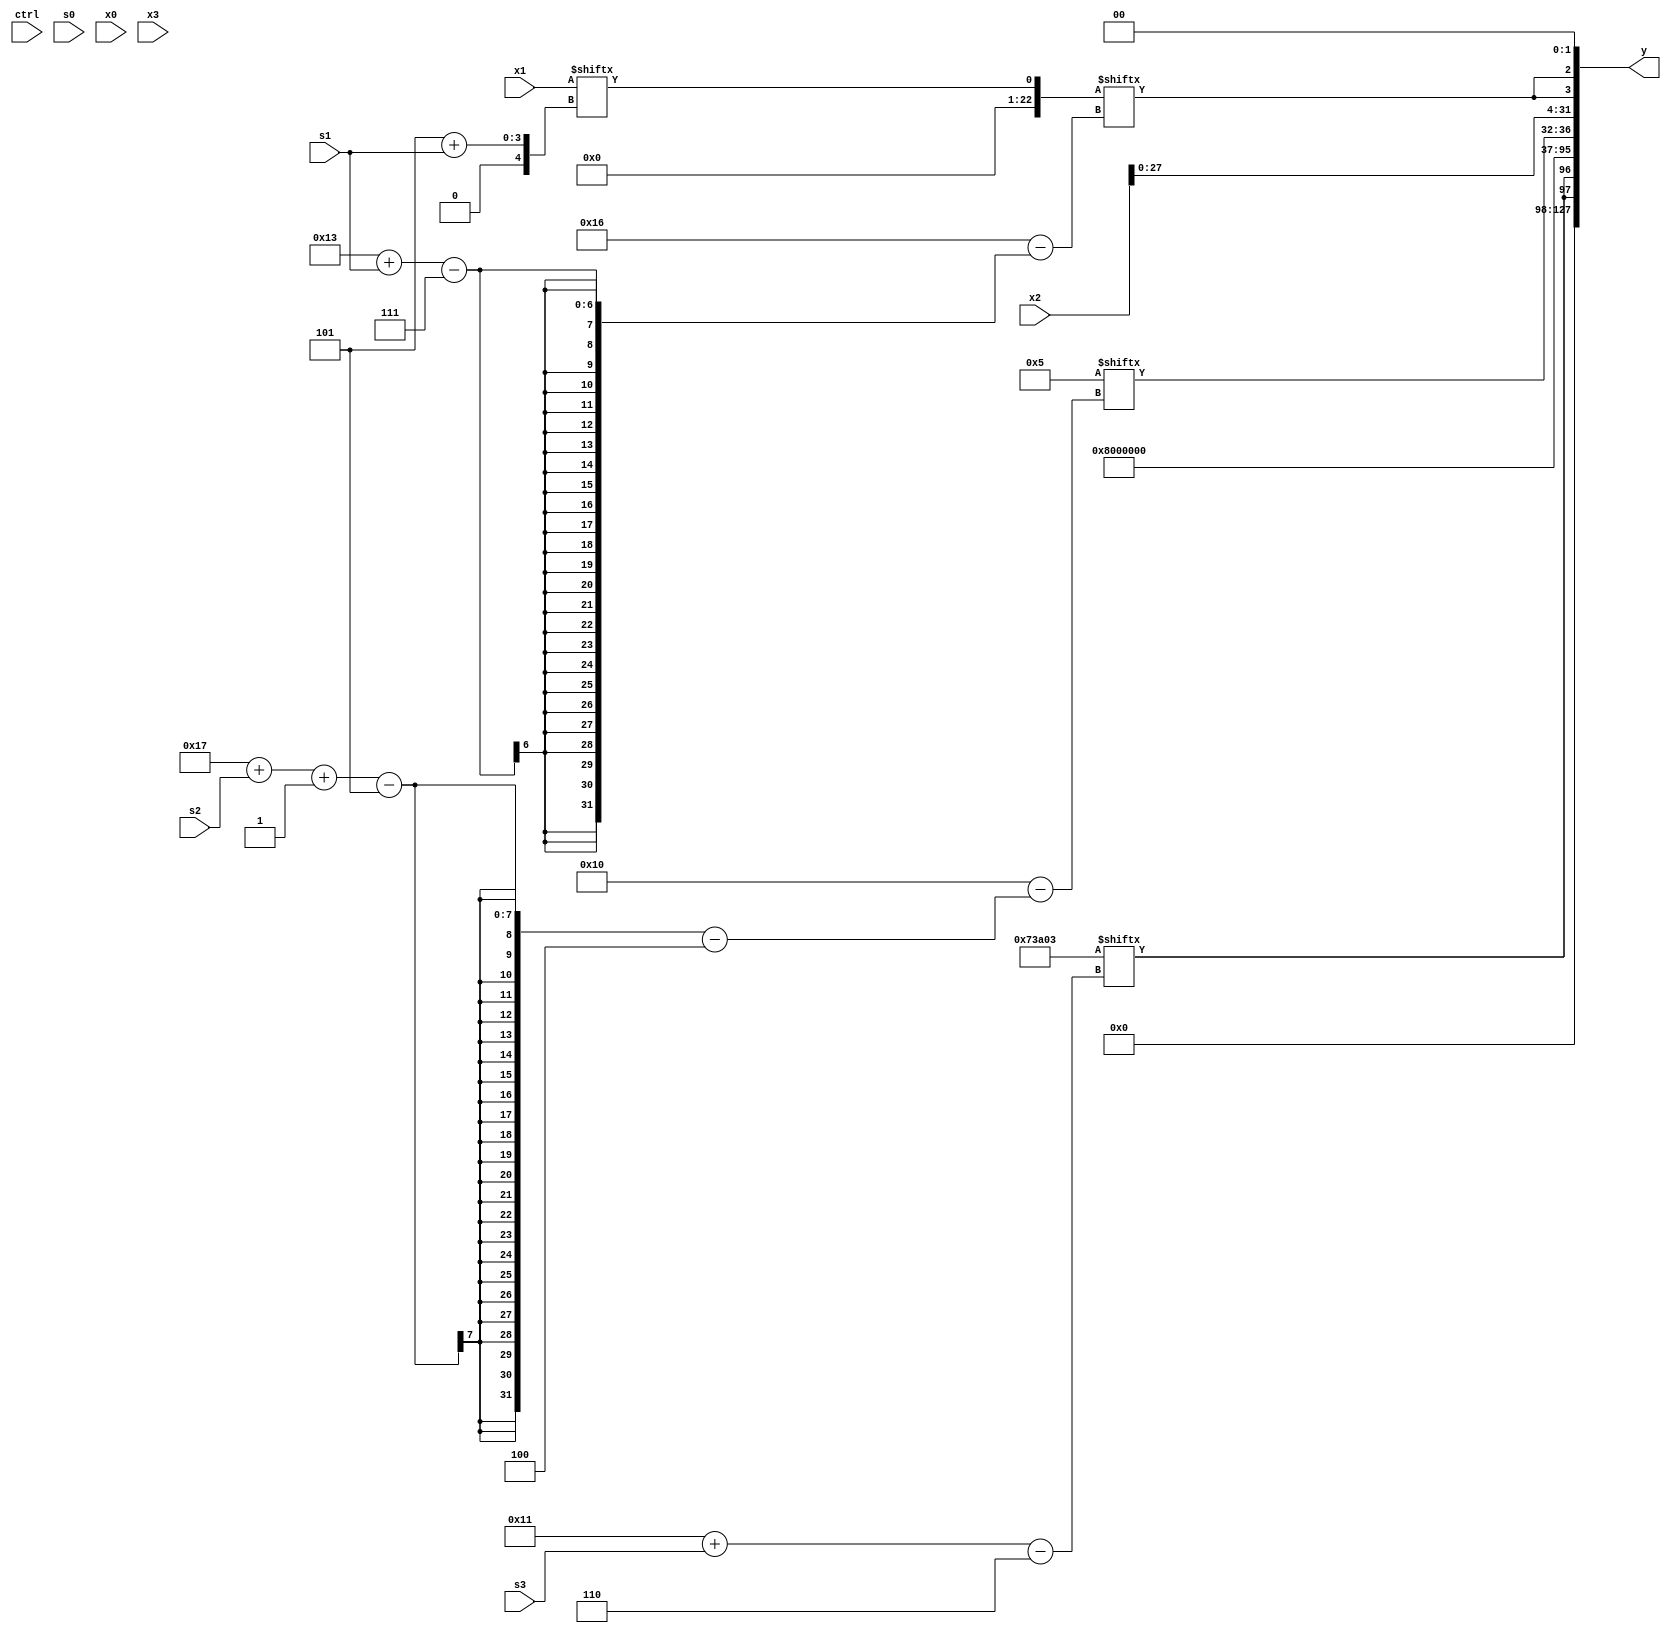
module partsel_00658(ctrl, s0, s1, s2, s3, x0, x1, x2, x3, y);
  input [3:0] ctrl;
  input [2:0] s0;
  input [2:0] s1;
  input [2:0] s2;
  input [2:0] s3;
  input [31:0] x0;
  input signed [31:0] x1;
  input [31:0] x2;
  input [31:0] x3;
  wire [31:5] x4;
  wire signed [0:30] x5;
  wire [24:0] x6;
  wire [4:31] x7;
  wire [7:29] x8;
  wire [26:6] x9;
  wire signed [7:25] x10;
  wire signed [5:26] x11;
  wire signed [4:24] x12;
  wire signed [27:5] x13;
  wire [2:24] x14;
  wire [25:6] x15;
  output [127:0] y;
  wire [31:0] y0;
  wire signed [31:0] y1;
  wire signed [31:0] y2;
  wire [31:0] y3;
  assign y = {y0,y1,y2,y3};
  localparam [24:7] p0 = 507371427;
  localparam signed [7:31] p1 = 141347715;
  localparam signed [24:6] p2 = 961493507;
  localparam signed [30:5] p3 = 905772518;
  assign x4 = ({x3, x3[12]} | x3[22 -: 1]);
  assign x5 = x1;
  assign x6 = p3;
  assign x7 = {2{p3[23]}};
  assign x8 = x1[5 + s1];
  assign x9 = (p3[10 +: 2] & ((x2 & p3) & p3[6 + s3 +: 4]));
  assign x10 = ((!ctrl[0] && ctrl[2] || !ctrl[2] ? x2[11] : {x1[8 + s3 +: 2], (x4[18 + s2 +: 1] - (x6[19 -: 3] & x4))}) ^ (x8 - (p3 + x3[5 + s0])));
  assign x11 = (!ctrl[3] && ctrl[0] || !ctrl[2] ? x7[14 + s3 -: 2] : p1[14 + s1 +: 6]);
  assign x12 = p2[17 -: 3];
  assign x13 = p0;
  assign x14 = ((x9[14 +: 3] + (p2[20 + s3 +: 8] ^ p1[7 + s2])) & ((!ctrl[2] && ctrl[2] || !ctrl[1] ? ({p0[29 + s3 -: 3], x10} & x8[10 + s3]) : x13[10 +: 4]) ^ p3[4 + s3 -: 4]));
  assign x15 = p1[19 + s0];
  assign y0 = {2{p2[17 + s3]}};
  assign y1 = x13[16 -: 1];
  assign y2 = x12[23 + s2 -: 5];
  assign y3 = {{{2{{(p1[17 -: 3] & p0[16 + s2 -: 4]), {2{x2}}}}}, {2{x8[19 + s1]}}}, x11[20 -: 2]};
endmodule